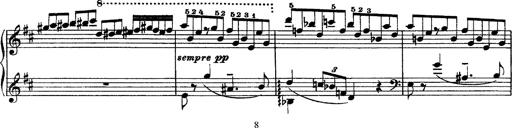
Title: Piano Sonata
Composer: Karl HÃ¤ssler
Key: C major